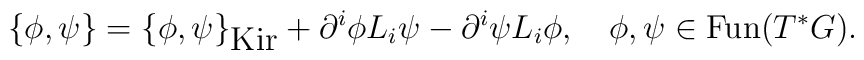
\{\phi,\psi\}=\{\phi,\psi\}_{\mbox{Kir}}+\partial^i\phi L_i \psi- \partial^i \psi L_i \phi,~~~\phi,\psi\in\mbox{Fun}(T^{*}G).